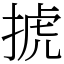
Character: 𢮎